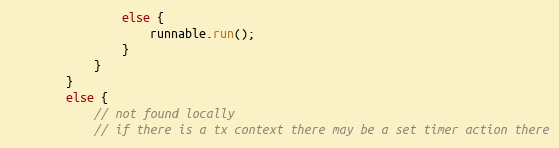
Language: Java
				else {
					runnable.run();
				}
			}
		}
		else {
			// not found locally
			// if there is a tx context there may be a set timer action there